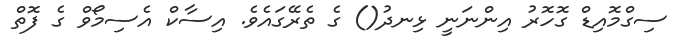
ސިގްމޮއިޑް ގޮހޮރު އިންނަނީ ޅިނދު() ގެ ތެރޭގައެވެ. އިސާކް އެސިމޯވް ގެ ފޮތް